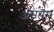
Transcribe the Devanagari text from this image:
अंसयम